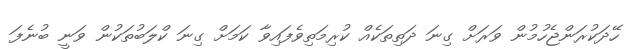
ހޭދަކުރަންޖެހުމުން ވަރަށް ގިނަ ދަތިތަކެއް ކުރިމަތިވެފައިވާ ކަމަށް ގިނަ ކްލަބުތަކުން ވަނީ ބުނެފަ